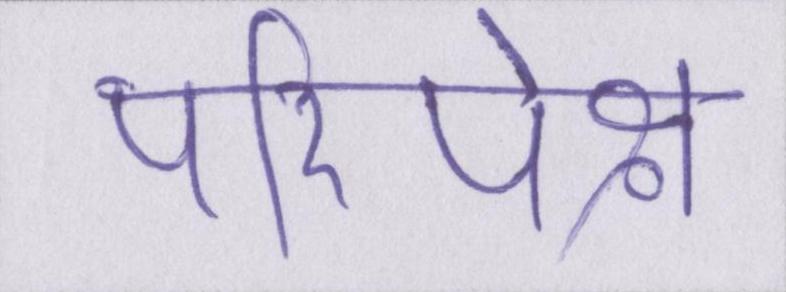
परिपेक्ष